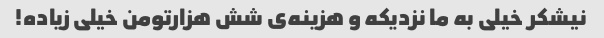
نیشکر خیلی به ما نزدیکه و هزینه‌ی شش هزارتومن خیلی زیاده!